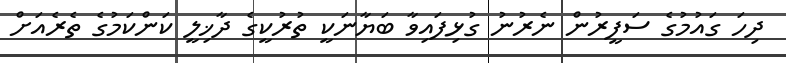
ދިހަ ގައުމުގެ ސަފީރުން ނެރުނު ގުޅިފައިވާ ބަޔާނަކީ ތުރުކީގެ ދާޚިލީ ކަންކަމުގެ ތެރެއަށް